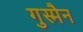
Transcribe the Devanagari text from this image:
गुस्मैन